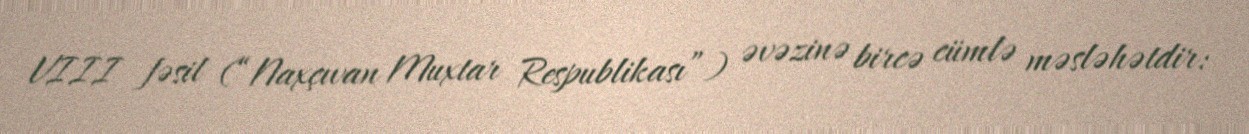
VIII fəsil (“Naxçıvan Muxtar Respublikası”) əvəzinə bircə cümlə məsləhətdir: